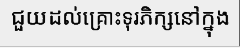
ជួយដល់គ្រោះទុរភិក្សនៅក្នុង